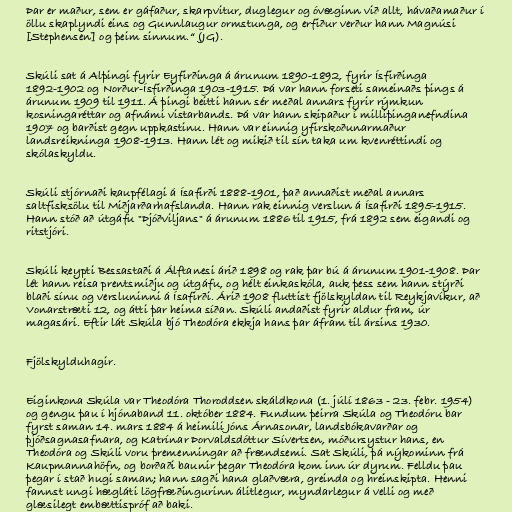
Þar er maður, sem er gáfaður, skarpvitur, duglegur og óvæginn við allt, hávaðamaður í
öllu skaplyndi eins og Gunnlaugur ormstunga, og erfiður verður hann Magnúsi
[Stephensen] og þeim sinnum.“ (JG).

Skúli sat á Alþingi fyrir Eyfirðinga á árunum 1890-1892, fyrir Ísfirðinga
1892-1902 og Norður-Ísfirðinga 1903-1915. Þá var hann forseti sameinaðs þings á
árunum 1909 til 1911. Á þingi beitti hann sér meðal annars fyrir rýmkun
kosningaréttar og afnámi vistarbands. Þá var hann skipaður í milliþinganefndina
1907 og barðist gegn uppkastinu. Hann var einnig yfirskoðunarmaður
landsreikninga 1908-1913. Hann lét og mikið til sín taka um kvenréttindi og
skólaskyldu.

Skúli stjórnaði kaupfélagi á Ísafirði 1888-1901, það annaðist meðal annars
saltfisksölu til Miðjarðarhafslanda. Hann rak einnig verslun á Ísafirði 1895-1915.
Hann stóð að útgáfu "Þjóðviljans" á árunum 1886 til 1915, frá 1892 sem eigandi og
ritstjóri.

Skúli keypti Bessastaði á Álftanesi árið 1898 og rak þar bú á árunum 1901-1908. Þar
lét hann reisa prentsmiðju og útgáfu, og hélt einkaskóla, auk þess sem hann stýrði
blaði sínu og versluninni á Ísafirði. Árið 1908 fluttist fjölskyldan til Reykjavíkur, að
Vonarstræti 12, og átti þar heima síðan. Skúli andaðist fyrir aldur fram, úr
magasári. Eftir lát Skúla bjó Theodóra ekkja hans þar áfram til ársins 1930.

Fjölskylduhagir.

Eiginkona Skúla var Theodóra Thoroddsen skáldkona (1. júlí 1863 - 23. febr. 1954)
og gengu þau í hjónaband 11. október 1884. Fundum þeirra Skúla og Theodóru bar
fyrst saman 14. mars 1884 á heimili Jóns Árnasonar, landsbókavarðar og
þjóðsagnasafnara, og Katrínar Þorvaldsdóttur Sívertsen, móðursystur hans, en
Theodóra og Skúli voru þremenningar að frændsemi. Sat Skúli, þá nýkominn frá
Kaupmannahöfn, og borðaði baunir þegar Theodóra kom inn úr dyrum. Felldu þau
þegar í stað hugi saman; hann sagði hana glaðværa, greinda og hreinskipta. Henni
fannst ungi hægláti lögfræðingurinn álitlegur, myndarlegur á velli og með
glæsilegt embættispróf að baki.